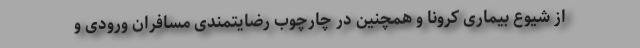
از شیوع بیماری کرونا و همچنین در چارچوب رضایتمندی مسافران ورودی و